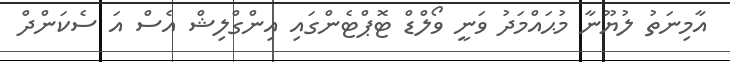
އާމިނަތު ލުޔޫނާ މުޙައްމަދު ވަނީ ވޯލްޑް ޓޮޕްޓެންގައި އިންގްލިޝް އެސް އަ ސެކަންދް